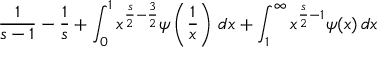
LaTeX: { \frac { 1 } { s - 1 } } - { \frac { 1 } { s } } + \int _ { 0 } ^ { 1 } x ^ { { \frac { s } { 2 } } - { \frac { 3 } { 2 } } } \psi \left( { \frac { 1 } { x } } \right) \, d x + \int _ { 1 } ^ { \infty } x ^ { { \frac { s } { 2 } } - 1 } \psi ( x ) \, d x